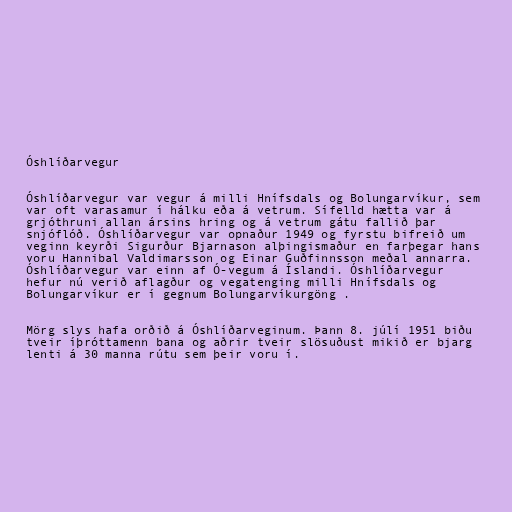
Óshlíðarvegur

Óshlíðarvegur var vegur á milli Hnífsdals og Bolungarvíkur, sem
var oft varasamur í hálku eða á vetrum. Sífelld hætta var á
grjóthruni allan ársins hring og á vetrum gátu fallið þar
snjóflóð. Óshlíðarvegur var opnaður 1949 og fyrstu bifreið um
veginn keyrði Sigurður Bjarnason alþingismaður en farþegar hans
voru Hannibal Valdimarsson og Einar Guðfinnsson meðal annarra.
Óshlíðarvegur var einn af Ó-vegum á Íslandi. Óshlíðarvegur
hefur nú verið aflagður og vegatenging milli Hnífsdals og
Bolungarvíkur er í gegnum Bolungarvíkurgöng .

Mörg slys hafa orðið á Óshlíðarveginum. Þann 8. júlí 1951 biðu
tveir íþróttamenn bana og aðrir tveir slösuðust mikið er bjarg
lenti á 30 manna rútu sem þeir voru í.